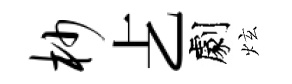
杪𠧒劇炫